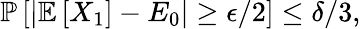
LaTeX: \begin{array}{r}{\mathbb{P}\left[|\mathbb{E}\left[X_{1}\right]-E_{0}|\ge\epsilon/2\right]\le\delta/3,}\end{array}